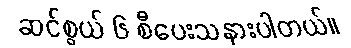
ဆင်စွယ် ၆ စီပေးသနားပါတယ်။